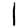
Digit: 1